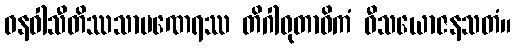
ဝနဝါသီတိဿသာမဏေရဿ တိဂါဝုတာဓိကံ ဝီသယောဇနသတံ။